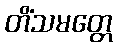
တိံသမတ္တေ